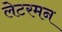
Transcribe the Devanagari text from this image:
लेटरमन